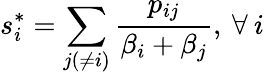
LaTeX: s_{i}^{*}=\sum_{j(\neq i)}\frac{p_{ij}}{\beta_{i}+\beta_{j}},\: \forall\: i